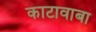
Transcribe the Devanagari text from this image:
काटावाबा